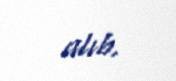
alıb.